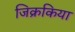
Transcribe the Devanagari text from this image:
जिक्रकिया